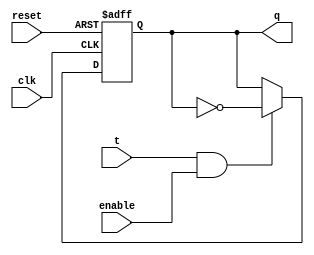
//to T flip-flop
module T_FF (q, t, clk, reset, enable);
	output q;
	input t, clk, reset, enable;
	reg q;
	always @ (posedge reset or negedge clk)
	 if (reset)
	    #1 q <= 1'b0;
	 else if (t == 1 && enable) 
	    #2 q <= ~q;
endmodule

//4bit Synchronous Counter
module SynchronousCounter(q,clk,reset);
	output [3:0] q;
	input clk,reset;
	wire t2,t3,enable;
	reg [24:0] delay_counter;
	
	assign enable = (delay_counter == 25'd24999999) ? 1'b1 : 1'b0;	
	T_FF t_ff0(q[0],1'b1,clk,reset,enable);
	T_FF t_ff1(q[1],q[0],clk,reset,enable);
	and(t2,q[0],q[1]);
	T_FF t_ff2(q[2],t2,clk,reset,enable);
	and(t3,t2,q[2]);
	T_FF t_ff3(q[3],t3,clk,reset,enable);
	always @ (negedge clk or posedge reset) 
		if (reset)
		   delay_counter <= 25'd0; 
		else if (enable) 
		   delay_counter <= 25'd0; 
		else 
		   delay_counter <= delay_counter + 1'b1;
endmodule